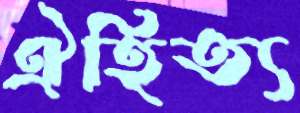
ঐহিত্য